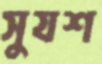
সুযশ